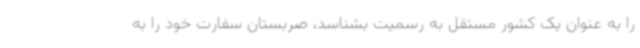
را به عنوان یک کشور مستقل به رسمیت بشناسد، صربستان سفارت خود را به